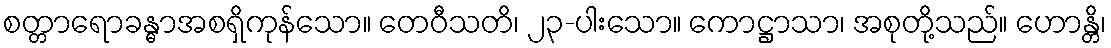
စတ္တာရောခန္ဓာအစရှိကုန်သော။ တေဝီသတိ၊ ၂၃-ပါးသော။ ကောဋ္ဌာသာ၊ အစုတို့သည်။ ဟောန္တိ၊